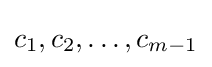
c_{1},c_{2},\dots ,c_{m-1}